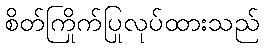
စိတ်ကြိုက်ပြုလုပ်ထားသည်